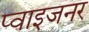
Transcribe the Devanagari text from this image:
प्वाइजनर